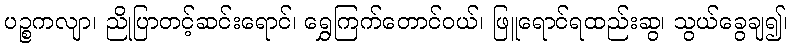
ပဉ္စကလျာ၊ ညိုပြာတင့်ဆင်းရောင်၊ ရွှေကြက်တောင်ဝယ်၊ ဖြူရောင်ရထည်းဆွ၊ သွယ်ခွေချ၍၊